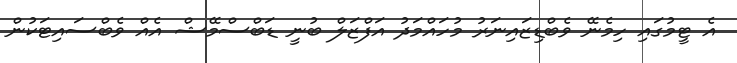
އެ ޓީމުގައި ހިމެނޭ ވެބްޑިޒައިނަރު މުހައްމަދު އަފްޒަލް ބުނީ ޑަބްސްމޭޝް އެއް ވެބްސައިޓަކުން